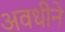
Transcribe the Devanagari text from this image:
अवधीने